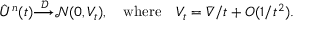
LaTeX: { \hat { U } } ^ { n } ( t ) { \stackrel { \mathcal { D } } { \longrightarrow } } { \mathcal { N } } ( 0 , V _ { t } ) , \quad { \mathrm { w h e r e } } \quad V _ { t } = { \bar { V } } / t + O ( 1 / t ^ { 2 } ) .